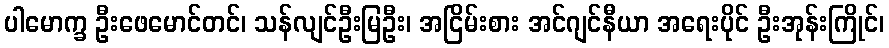
ပါမောက္ခ ဦးဖေမောင်တင်၊ သန်လျင်ဦးမြဦး၊ အငြိမ်းစား အင်ဂျင်နီယာ အရေးပိုင် ဦးအုန်းကြိုင်၊